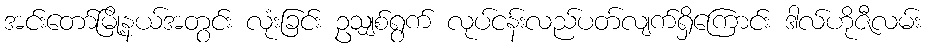
အင်းတော်မြို့နယ်အတွင်း လုံးခြင်း ဥသျှစ်ရွက် လုပ်ငန်းလည်ပတ်လျက်ရှိကြောင်း ဒါလ်ဟိုဇီလမ်း